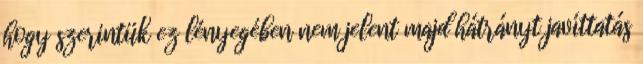
hogy szerintük ez lényegében nem jelent majd hátrányt javíttatás